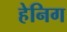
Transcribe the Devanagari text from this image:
हेनिग